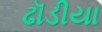
ઢૉડીયા